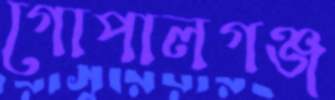
গোপালগঞ্জ